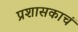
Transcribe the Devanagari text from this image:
प्रशासकाचं